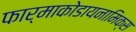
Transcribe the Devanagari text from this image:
फार्माकोडायनामिक्स